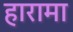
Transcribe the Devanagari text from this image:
हारामा